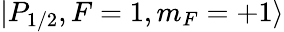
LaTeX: |P_{1/2},F=1,m_{F}=+1\rangle